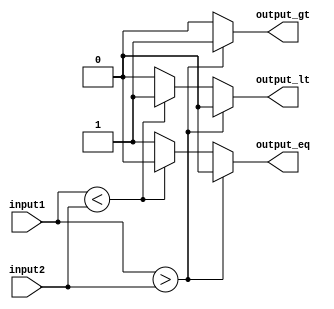
module comparator (
    input [7:0] input1,
    input [7:0] input2,
    output reg output_gt,
    output reg output_lt,
    output reg output_eq
);

always @* begin
    if (input1 > input2) begin
        output_gt = 1;
        output_lt = 0;
        output_eq = 0;
    end
    else if (input1 < input2) begin
        output_gt = 0;
        output_lt = 1;
        output_eq = 0;
    end
    else begin
        output_gt = 0;
        output_lt = 0;
        output_eq = 1;
    end
end

endmodule